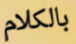
بالكلام